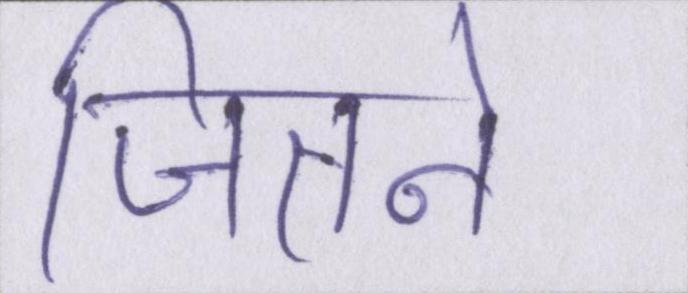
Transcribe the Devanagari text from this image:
जितने